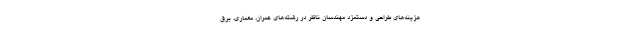
هزینه‌های طراحی و دستمزد مهندسان ناظر در رشته‌های عمران، معماری، برق